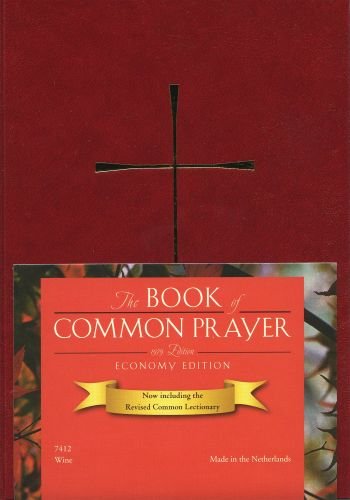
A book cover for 1979 Book of Common Prayer Economy Edition; Christian Books & Bibles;